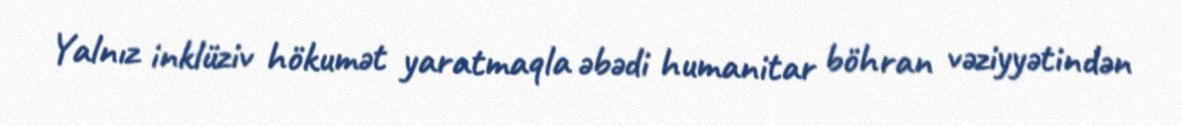
Yalnız inklüziv hökumət yaratmaqla əbədi humanitar böhran vəziyyətindən